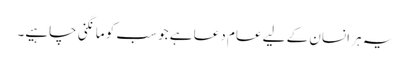
یہ ہر انسان کے لیے عام دعا ہے جو سب کو مانگنی چاہیے۔